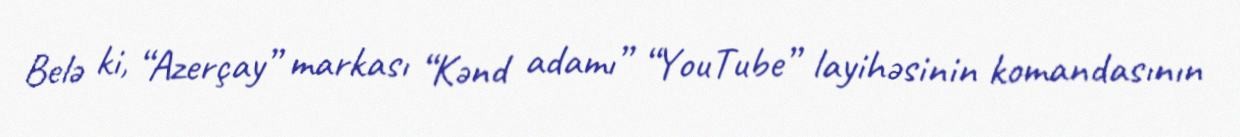
Belə ki, “Azerçay” markası “Kənd adamı” “YouTube” layihəsinin komandasının